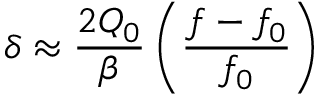
\delta \approx \frac { 2 Q _ { 0 } } { \beta } \left( \frac { f - f _ { 0 } } { f _ { 0 } } \right)